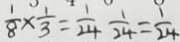
\frac { 1 } { 8 } \times \frac { 1 } { 3 } = \frac { 1 } { 2 4 } \frac { 1 } { 2 4 } = \frac { 1 } { 2 4 }